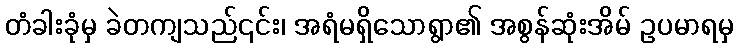
တံခါးခုံမှ ခဲတကျသည်၎င်း၊ အရံမရှိသောရွာ၏ အစွန်ဆုံးအိမ် ဥပမာရမှ